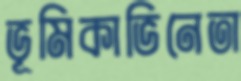
ভূমিকাভিনেতা